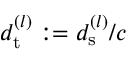
d _ { \mathrm { t } } ^ { ( l ) } : = d _ { \mathrm { s } } ^ { ( l ) } / c